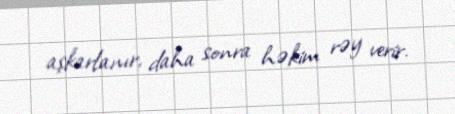
aşkarlanır, daha sonra həkim rəy verir.